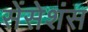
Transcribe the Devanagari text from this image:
सेंसेशंस